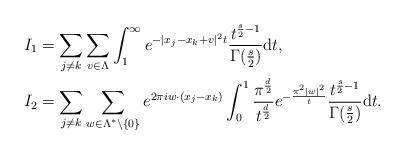
LaTeX: \begin{align*} I_1&=\sum_{j\neq k}\sum_{v\in\Lambda}\int_1^\infty e^{-|x_j-x_k+v|^2t}\frac{t^{\frac{s}{2}-1}}{\Gamma(\frac{s}{2})}\mathrm{d}t,\\ I_2&=\sum_{j\neq k}\sum_{w\in\Lambda^*\setminus\{0\}}e^{2\pi i w\cdot (x_j-x_k)}\int_0^1 \frac{\pi^{\frac{d}{2}}}{t^\frac{d}{2}}e^{-\frac{\pi^2|w|^2}{t}}\frac{t^{\frac{s}{2}-1}}{\Gamma(\frac{s}{2})}\mathrm{d}t.\end{align*}